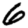
Digit: 6